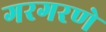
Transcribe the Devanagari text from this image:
गरगरणे